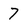
Character: 7